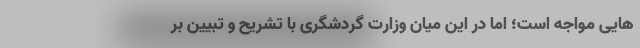
هایی مواجه است؛ اما در این میان وزارت گردشگری با تشریح و تبیین بر